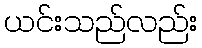
ယင်းသည်လည်း